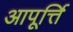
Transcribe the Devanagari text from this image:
आपूर्त्ति